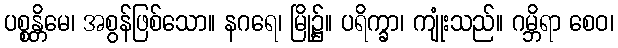
ပစ္စန္တိမေ၊ အစွန်ဖြစ်သော။ နဂရေ၊ မြို့၌။ ပရိက္ခာ၊ ကျုံးသည်။ ဂမ္ဘိရာ စေဝ၊